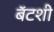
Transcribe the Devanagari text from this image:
बॅटशी